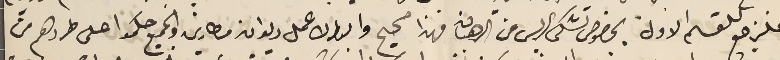
فلنرجع للقسم الاول، بخصوص تشكى الريس من الرهبان فهذا صحيح والبطرك عمل ديوان مطارين والجميع حكموا على طردهم من